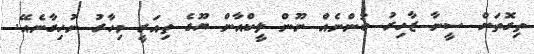
ތިގޮތަށް ސީނާ ޒާހިރު ބުންނެއް ނޫން ލީކްއާން ޔޫގެ ތިއަރީ މިހާރު ނުހިގާނެއޭ.